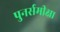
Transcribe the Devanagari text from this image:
पुनर्समीक्षा